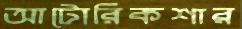
আটোরিকশার